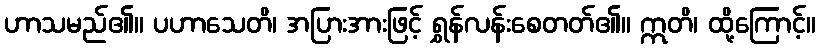
ဟာသမည်၏။ ပဟာသေတိ၊ အပြားအားဖြင့် ရွှန်လန်းစေတတ်၏။ ဣတိ၊ ထို့ကြောင့်။